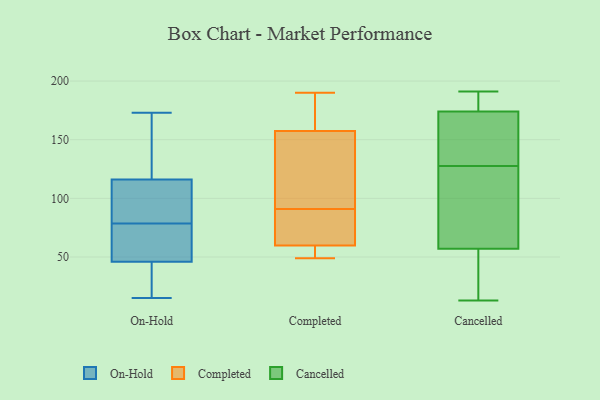
{"axis": {"x": "Market Share (%)", "y": "Value"}, "legend": ["Cancelled", "Completed", "On-Hold"], "data": [{"x": "", "y": 91, "type": "On-Hold"}, {"x": "", "y": 15, "type": "On-Hold"}, {"x": "", "y": 48, "type": "On-Hold"}, {"x": "", "y": 66, "type": "On-Hold"}, {"x": "", "y": 26, "type": "On-Hold"}, {"x": "", "y": 46, "type": "On-Hold"}, {"x": "", "y": 56, "type": "On-Hold"}, {"x": "", "y": 114, "type": "On-Hold"}, {"x": "", "y": 173, "type": "On-Hold"}, {"x": "", "y": 169, "type": "On-Hold"}, {"x": "", "y": 115, "type": "On-Hold"}, {"x": "", "y": 173, "type": "On-Hold"}, {"x": "", "y": 116, "type": "On-Hold"}, {"x": "", "y": 113, "type": "On-Hold"}, {"x": "", "y": 39, "type": "On-Hold"}, {"x": "", "y": 57, "type": "On-Hold"}, {"x": "", "y": 30, "type": "On-Hold"}, {"x": "", "y": 117, "type": "On-Hold"}, {"x": "", "y": 90, "type": "Completed"}, {"x": "", "y": 168, "type": "Completed"}, {"x": "", "y": 64, "type": "Completed"}, {"x": "", "y": 57, "type": "Completed"}, {"x": "", "y": 150, "type": "Completed"}, {"x": "", "y": 91, "type": "Completed"}, {"x": "", "y": 190, "type": "Completed"}, {"x": "", "y": 189, "type": "Completed"}, {"x": "", "y": 147, "type": "Completed"}, {"x": "", "y": 49, "type": "Completed"}, {"x": "", "y": 59, "type": "Completed"}, {"x": "", "y": 154, "type": "Completed"}, {"x": "", "y": 60, "type": "Completed"}, {"x": "", "y": 134, "type": "Cancelled"}, {"x": "", "y": 191, "type": "Cancelled"}, {"x": "", "y": 120, "type": "Cancelled"}, {"x": "", "y": 93, "type": "Cancelled"}, {"x": "", "y": 14, "type": "Cancelled"}, {"x": "", "y": 174, "type": "Cancelled"}, {"x": "", "y": 121, "type": "Cancelled"}, {"x": "", "y": 13, "type": "Cancelled"}, {"x": "", "y": 190, "type": "Cancelled"}, {"x": "", "y": 153, "type": "Cancelled"}, {"x": "", "y": 48, "type": "Cancelled"}, {"x": "", "y": 135, "type": "Cancelled"}, {"x": "", "y": 57, "type": "Cancelled"}, {"x": "", "y": 136, "type": "Cancelled"}, {"x": "", "y": 89, "type": "Cancelled"}, {"x": "", "y": 174, "type": "Cancelled"}, {"x": "", "y": 17, "type": "Cancelled"}, {"x": "", "y": 182, "type": "Cancelled"}]}